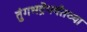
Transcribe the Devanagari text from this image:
तुंगभद्रेपर्यंतच्या